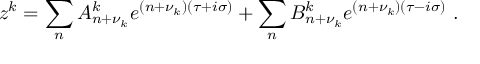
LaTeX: z ^ { k } = \sum _ { n } A _ { n + \nu _ { k } } ^ { k } e ^ { ( n + \nu _ { k } ) ( \tau + i \sigma ) } + \sum _ { n } B _ { n + \nu _ { k } } ^ { k } e ^ { ( n + \nu _ { k } ) ( \tau - i \sigma ) } \ .